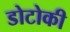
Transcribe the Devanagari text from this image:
डोटोकी